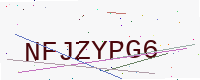
Text: NFJZYPG6